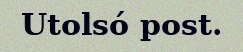
Utolsó post.